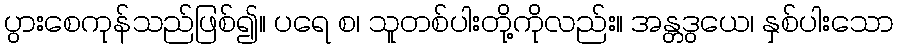
ပွားစေကုန်သည်ဖြစ်၍။ ပရေ စ၊ သူတစ်ပါးတို့ကိုလည်း။ အန္တဒွယေ၊ နှစ်ပါးသော